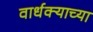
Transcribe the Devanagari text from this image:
वार्धक्याच्या